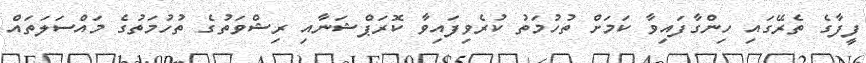
ފީފާގެ ތެރޭގައި ހިންގާފައިވާ ކަމަށް ތުހުމަތު ކުރެވިފައިވާ ކޮރަޕްޝަނާއި ރިޝްވަތުގެ ތުހުމަތުގެ މައްސަލަތައް